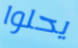
يحلوا